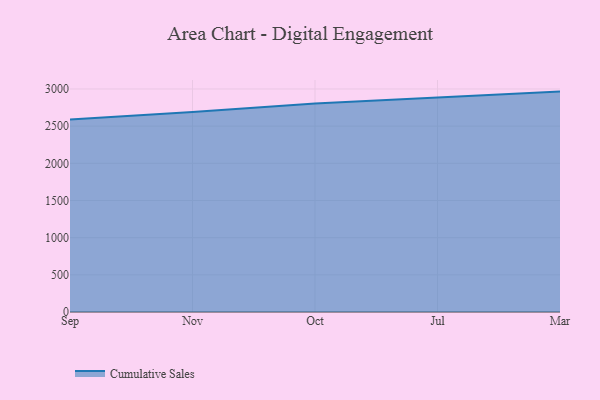
{"axis": {"x": "Month", "y": "Website Visitors"}, "legend": ["Cumulative Sales"], "data": [{"x": "Sep", "y": 2590.6, "type": "Cumulative Sales"}, {"x": "Nov", "y": 2691.7, "type": "Cumulative Sales"}, {"x": "Oct", "y": 2803.6, "type": "Cumulative Sales"}, {"x": "Jul", "y": 2883.6, "type": "Cumulative Sales"}, {"x": "Mar", "y": 2964.8, "type": "Cumulative Sales"}]}